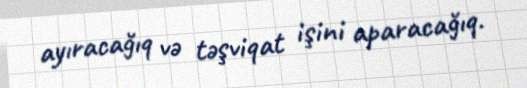
ayıracağıq və təşviqat işini aparacağıq.